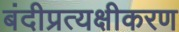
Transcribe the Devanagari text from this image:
बंदीप्रत्यक्षीकरण